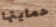
حمايتها